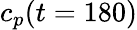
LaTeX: c_{p}(t=180)